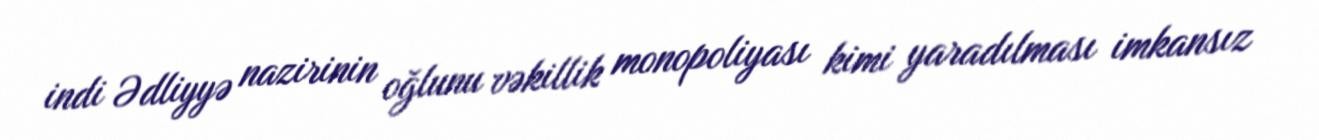
indi Ədliyyə nazirinin oğlunu vəkillik monopoliyası kimi yaradılması imkansız